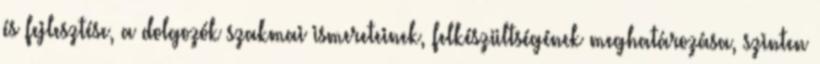
és fejlesztése, a dolgozók szakmai ismereteinek, felkészültségének meghatározása, szinten